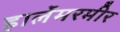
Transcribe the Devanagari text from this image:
हार्लेमरमीर